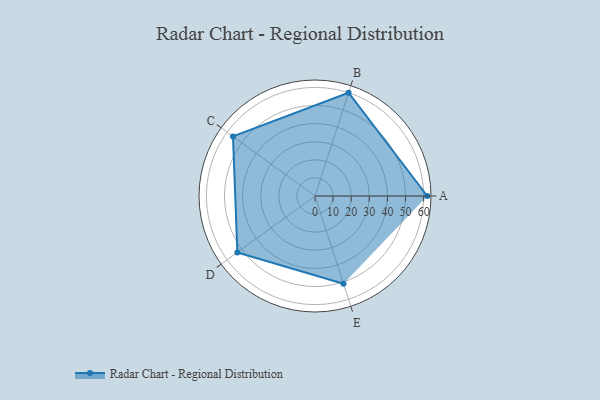
{"axis": {"x": "Skill", "y": "Score"}, "legend": ["Profile"], "data": [{"x": "A", "y": 62.0, "type": "Profile"}, {"x": "B", "y": 60.0, "type": "Profile"}, {"x": "C", "y": 56.0, "type": "Profile"}, {"x": "D", "y": 53.0, "type": "Profile"}, {"x": "E", "y": 51.0, "type": "Profile"}]}